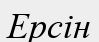
Ерсін